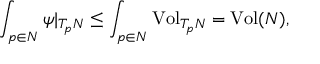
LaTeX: \int _ { p \in N } \psi | _ { T _ { p } N } \leq \int _ { p \in N } \mathrm { V o l } _ { T _ { p } N } = \mathrm { V o l } ( N ) ,